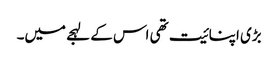
بڑی اپنائیت تھی اس کے لہجے میں۔